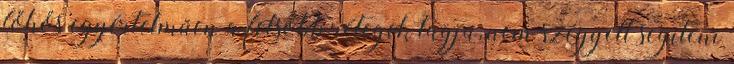
főhős egyértelműen a felsőbb rétegek tagja, nem szégyell segíteni